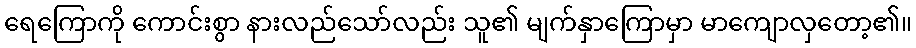
ရေကြောကို ကောင်းစွာ နားလည်သော်လည်း သူ၏ မျက်နှာကြောမှာ မာကျောလှတော့၏။